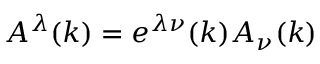
A ^ { \lambda } ( k ) = e ^ { \lambda \nu } ( k ) A _ { \nu } ( k )